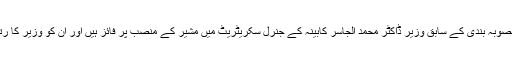
معیشت اور منصوبہ بندی کے سابق وزیر ڈاکٹر محمد الجاسر کابینہ کے جنرل سکریٹریٹ میں مشیر کے منصب پر فائز ہیں اور ان کو وزیر کا رتبہ حاصل ہے۔